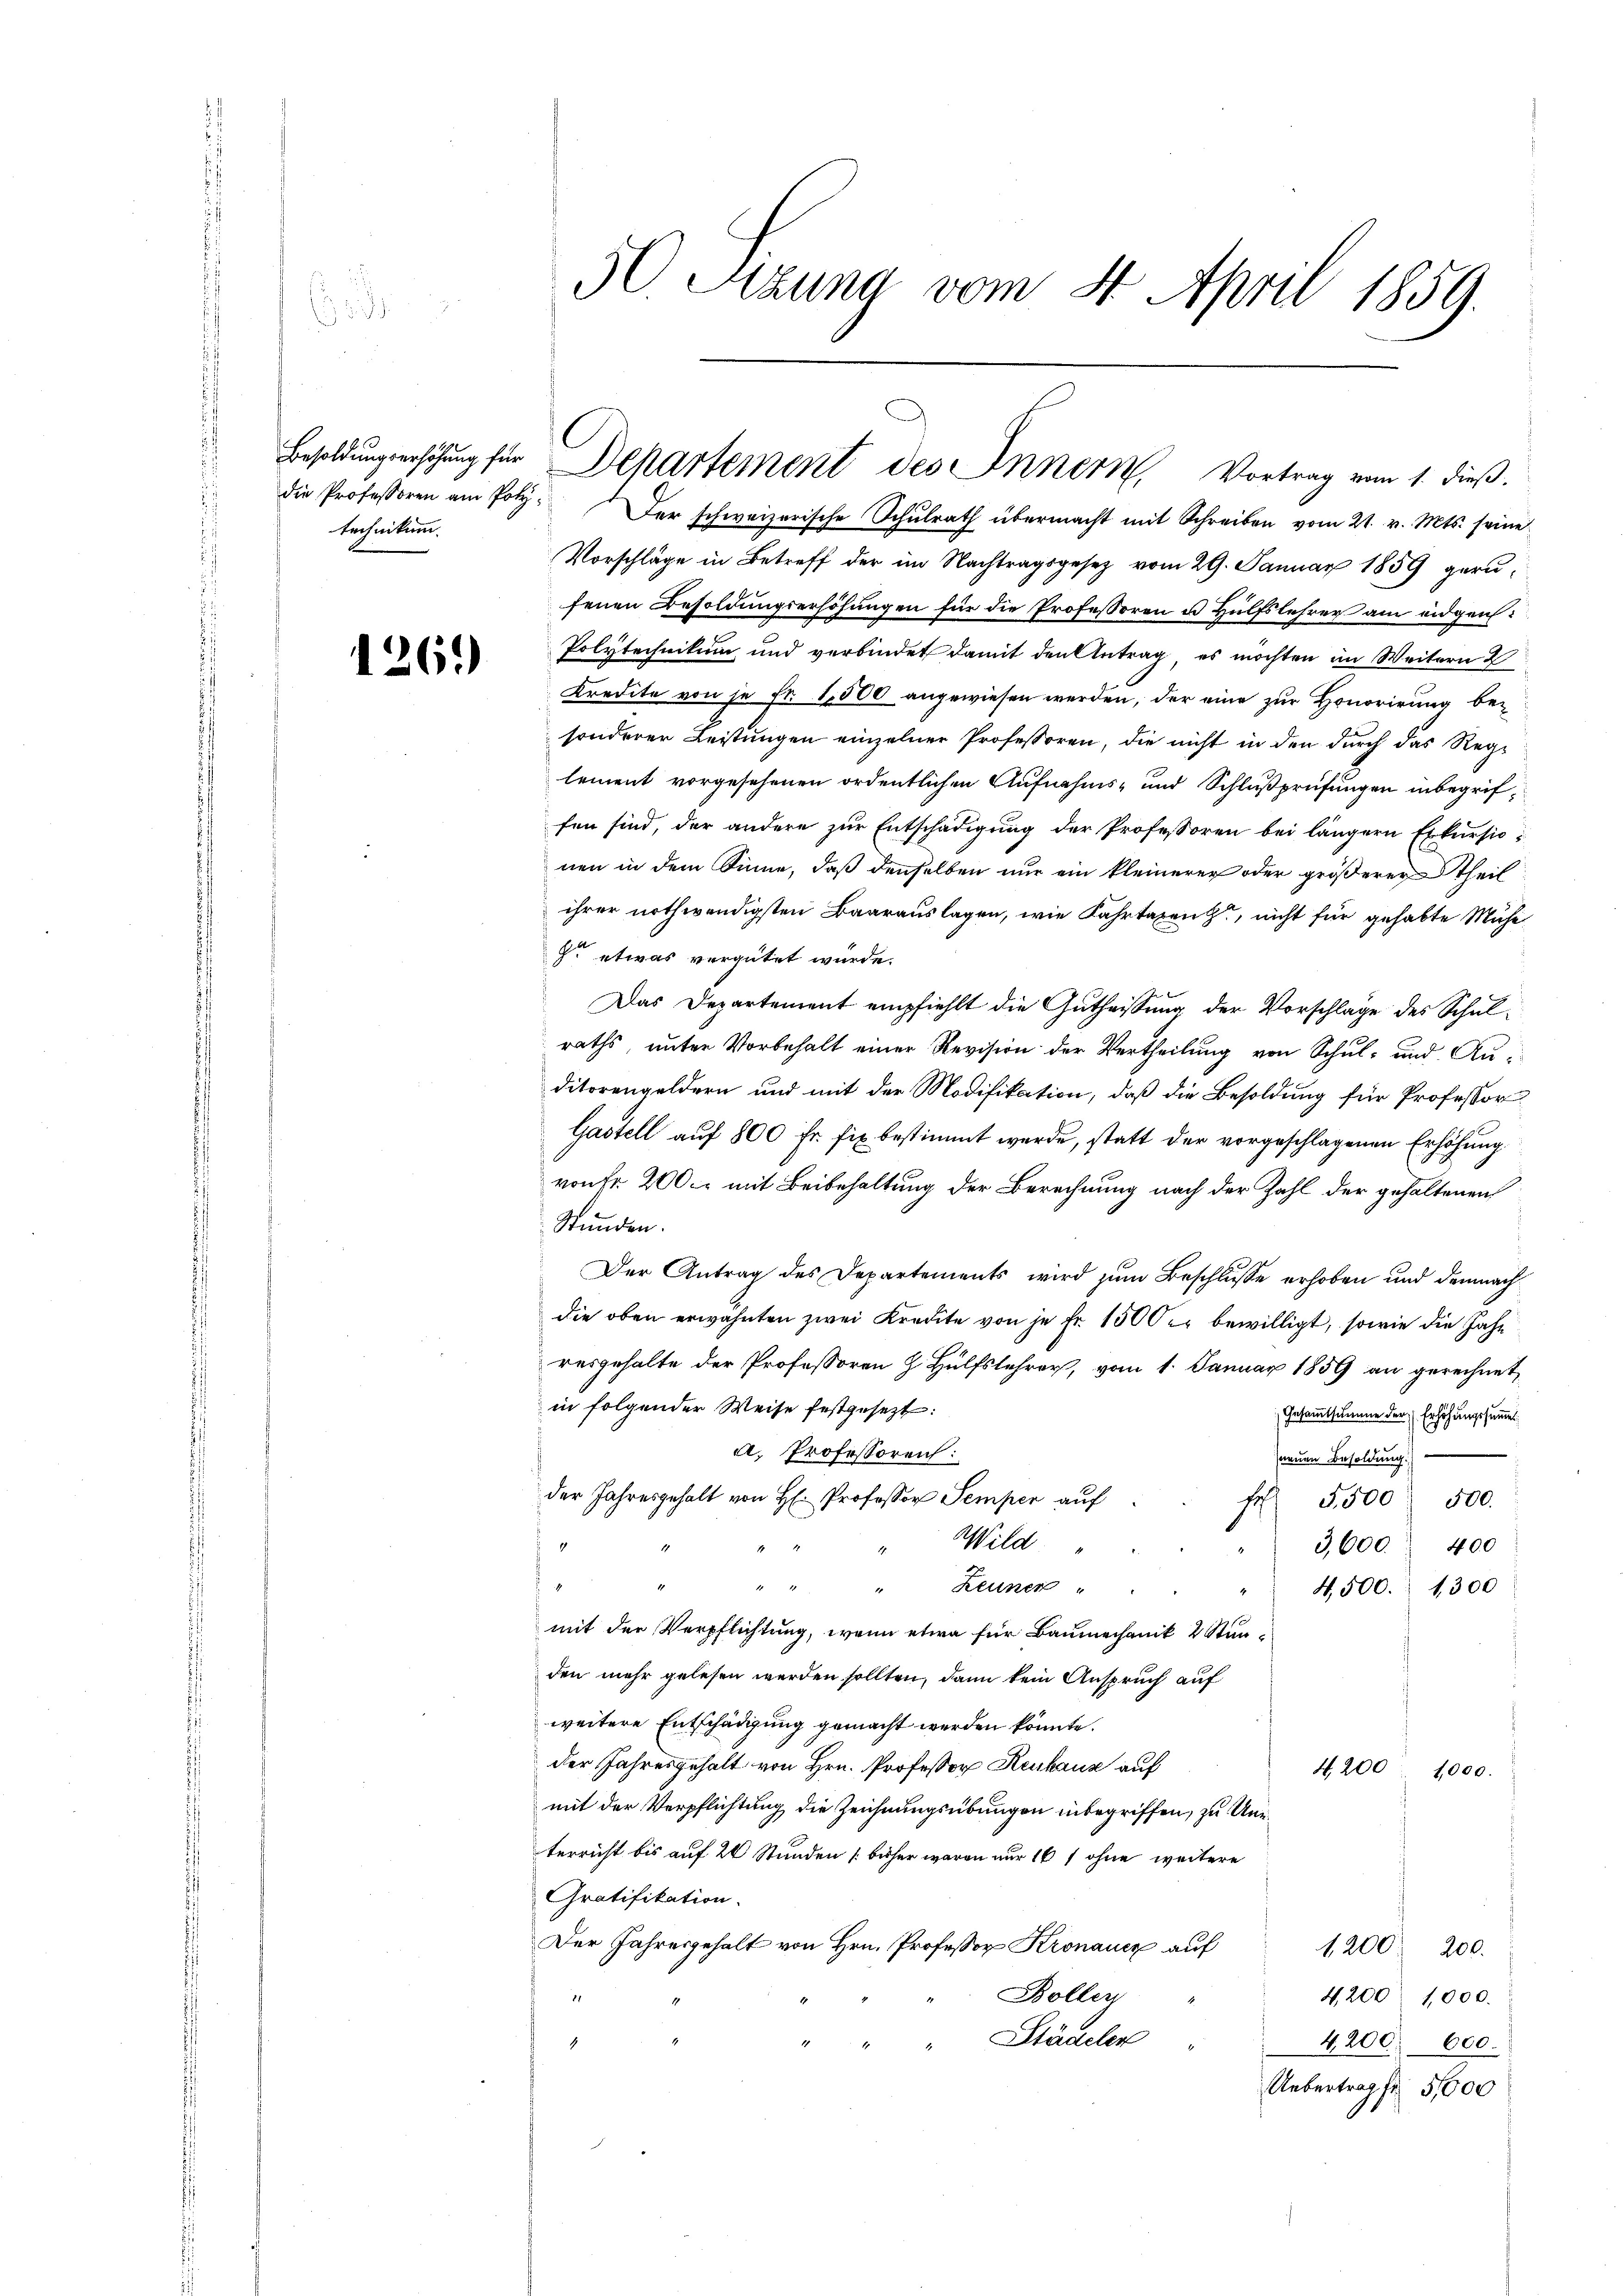
technikum

1261)

die Professoren am Poly- Der schweizerische Schŭlrath übermacht mit Schreiben vom 21. v. Mts. seine
Vorschläge in Betreff der im Nachtragsgesetz vom 29. Januar 1859 gerufenen Besoldungserhöhungen für die Professoren u. Hülfslehrer am eidgen
Polytechnikum und verbindet damit den Antrag, es möchten im Weitern d
Kredite von je Fr. 1500 angewiesen werden, der eine zur Honorirung besonderer Leistungen einzelner Professoren, die nicht in den durch das Reglement vorgesehenen ordentlichen Aufnahms- und Schlußprüfungen inbegriffen sind, der andere zur Entschädigung der Professoren bei längern Exkursionen in dem Sinne, daß denselben nur ein kleinerer oder größerer theil
ihrer nothwendigsten Baarauslagen, wie Fahrtaxenz, nicht für gehabte Mühe
r etwas vergütet würde.
Das Departement empfiehlt die Gutheissung der Vorschlage des Schulraths, unter Vorbehalt einer Revision der Vertheilung von Schul- und Auditorengeldern und mit der Modifikation, daß die Besoldung für Professor
Gastell auf 800 fr. fix bestimmt werde, statt der vorgeschlagenen Erhöhung
von Fr. 200. mit Beibehaltung der Berechnung nach der Zahl der gehaltenen
Stunden.
Der Antrag des Departements wird zum Beschlusse erhoben und demnach
die oben erwähnten zwei Kredite von je Fr. 1500 er bewilligt, sowie die Jahr
resgehalte der Professoren H. Hülfslehrer, vom 1. Januar 1859 an gerechnet
in folgender Weise festgesezt:
Gesammtsumme der Erhöhungssumme
a. Professoren:
neuen Besoldung.
der Jahresgehalt von H. Professor Semper auf
fr 5500. 500.
Wild
4
3,600. 400
1
" " Reuner "
4,500. 1300
mit der Verpflichtung, wenn etwa für Baumechanik 2 Stunden mehr gelesen werden sollten, dann kein Anspruch auf
weitere Entschädigung gemacht werden könnte.
der Jahresgehalt von Hrn. Professor Reukauz auf
4,200, 1000.
mit der Verpflichtung die Zeichnungsübungen inbegriffen, zu Unterricht bis auf 24 Stunden (bisher waren nur 161 ohne weitere
Gratifikation.
Der Jahresgehalt von Hrn. Professor Kronauer auf
1200. 200.
Bollen
11
4,200 1,000.
Städelen
4200. 600.
2
Uebertrag fr 51000

50. Stzung vom 4. April 1859.

Besoldungserhöhung für Departement des Innern, Vortrag vom 1. dieß.